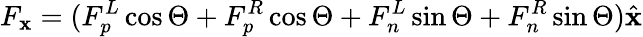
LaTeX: F_{\mathbf{x}}=(F_{p}^{L}\cos\Theta+F_{p}^{R}\cos\Theta+F_{n}^{L}\sin\Theta+F_{n}^{R}\sin\Theta)\hat{{\mathbf{x}}}